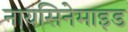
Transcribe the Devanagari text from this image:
नायसिनेमाइड